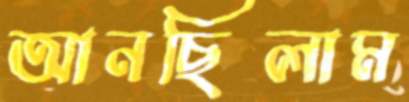
আনছিলাম